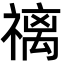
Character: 䄜